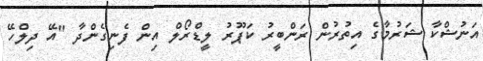
އަނުޝްކާ ޝަރުމާގެ އިތުރުން ރަންބީރު ކަޕޫރު ލީޑްރޯލް އިން ފެނިގެންދާ "އޭ ދިލްހޭ